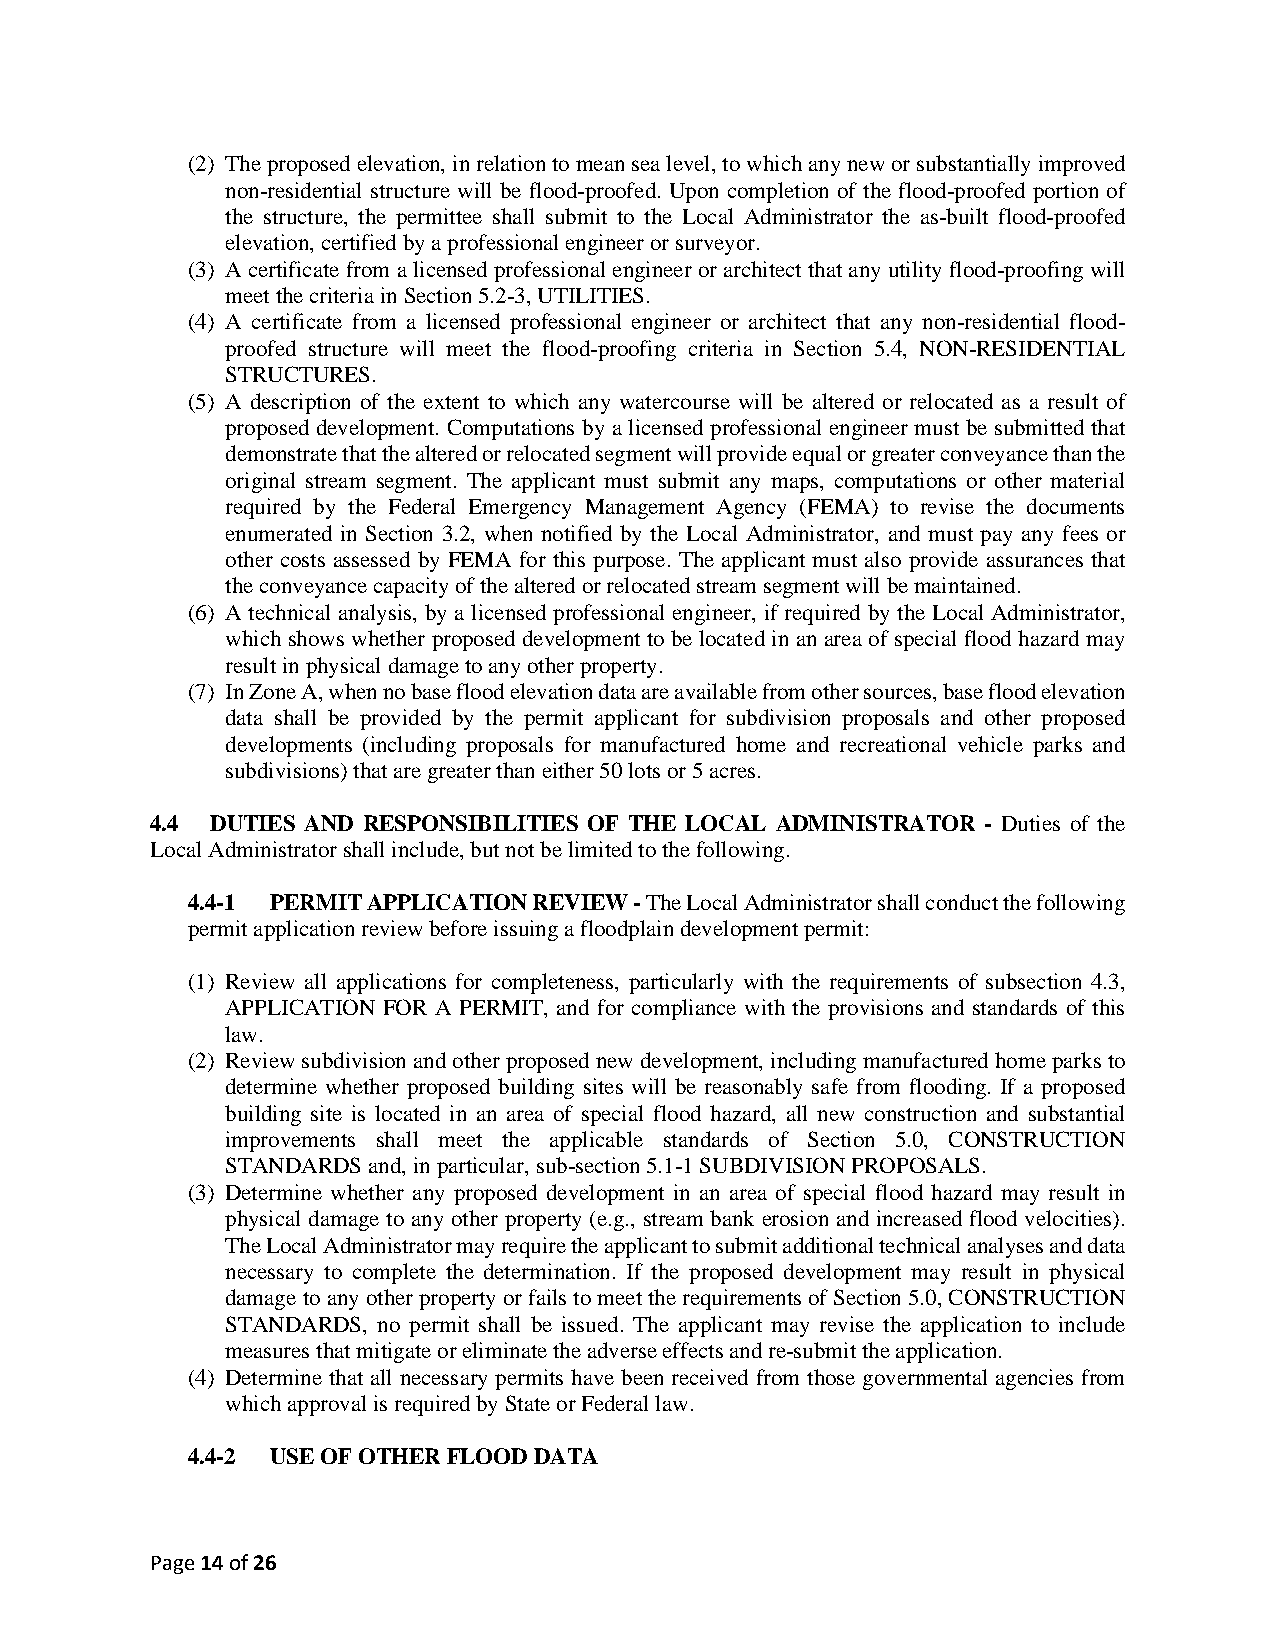
(2) The proposed elevation, in relation to mean sea level, to which any new or substantially improved
 non-residential structure will be flood-proofed. Upon completion of the flood-proofed portion of
 the structure, the permittee shall submit to the Local Administrator the as-built flood-proofed
 elevation, certified by a professional engineer or surveyor.
 (3) A certificate from a licensed professional engineer or architect that any utility flood-proofing will
 meet the criteria in Section 5.2-3, UTILITIES.
 (4) A certificate from a licensed professional engineer or architect that any non-residential flood-
 proofed structure will meet the flood-proofing criteria in Section 5.4, NON-RESIDENTIAL
 STRUCTURES.
 (5) A description of the extent to which any watercourse will be altered or relocated as a result of
 proposed development. Computations by a licensed professional engineer must be submitted that
 demonstrate that the altered or relocated segment will provide equal or greater conveyance than the
 original stream segment. The applicant must submit any maps, computations or other material
 required by the Federal Emergency Management Agency (FEMA) to revise the documents
 enumerated in Section 3.2, when notified by the Local Administrator, and must pay any fees or
 other costs assessed by FEMA for this purpose. The applicant must also provide assurances that
 the conveyance capacity of the altered or relocated stream segment will be maintained.
 (6) A technical analysis, by a licensed professional engineer, if required by the Local Administrator,
 which shows whether proposed development to be located in an area of special flood hazard may
 result in physical damage to any other property.
 (7) In Zone A, when no base flood elevation data are available from other sources, base flood elevation
 data shall be provided by the permit applicant for subdivision proposals and other proposed
 developments (including proposals for manufactured home and recreational vehicle parks and
 subdivisions) that are greater than either 50 lots or 5 acres.
 4.4 DUTIES AND RESPONSIBILITIES OF THE LOCAL ADMINISTRATOR - Duties of the
 Local Administrator shall include, but not be limited to the following.
 4.4-1 PERMIT APPLICATION REVIEW - The Local Administrator shall conduct the following
 permit application review before issuing a floodplain development permit:
 (1) Review all applications for completeness, particularly with the requirements of subsection 4.3,
 APPLICATION FOR A PERMIT, and for compliance with the provisions and standards of this
 law.
 (2) Review subdivision and other proposed new development, including manufactured home parks to
 determine whether proposed building sites will be reasonably safe from flooding. If a proposed
 building site is located in an area of special flood hazard, all new construction and substantial
 improvements shall meet the applicable standards of Section 5.0, CONSTRUCTION
 STANDARDS and, in particular, sub-section 5.1-1 SUBDIVISION PROPOSALS.
 (3) Determine whether any proposed development in an area of special flood hazard may result in
 physical damage to any other property (e.g., stream bank erosion and increased flood velocities).
 The Local Administrator may require the applicant to submit additional technical analyses and data
 necessary to complete the determination. If the proposed development may result in physical
 damage to any other property or fails to meet the requirements of Section 5.0, CONSTRUCTION
 STANDARDS, no permit shall be issued. The applicant may revise the application to include
 measures that mitigate or eliminate the adverse effects and re-submit the application.
 (4) Determine that all necessary permits have been received from those governmental agencies from
 which approval is required by State or Federal law.
 4.4-2 USE OF OTHER FLOOD DATA
 Page 14 of 26